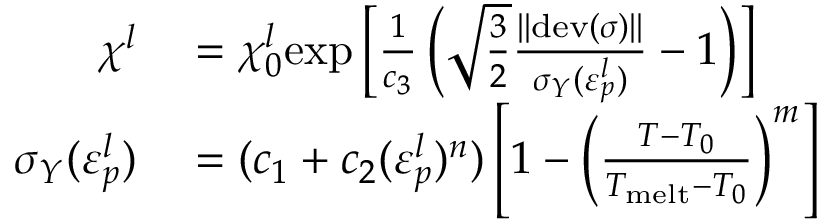
\begin{array} { r l } { \chi ^ { l } } & { { } = \chi _ { 0 } ^ { l } \mathrm { e x p } \left[ \frac { 1 } { c _ { 3 } } \left( \sqrt { \frac { 3 } { 2 } } \frac { | | \mathrm { d e v } ( \boldsymbol \sigma ) | | } { \sigma _ { Y } ( \varepsilon _ { p } ^ { l } ) } - 1 \right) \right] } \\ { \sigma _ { Y } ( \varepsilon _ { p } ^ { l } ) } & { { } = ( c _ { 1 } + c _ { 2 } ( \varepsilon _ { p } ^ { l } ) ^ { n } ) \left[ 1 - \left( \frac { T - T _ { 0 } } { T _ { \mathrm { m e l t } } - T _ { 0 } } \right) ^ { m } \right] } \end{array}